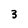
Character: 3